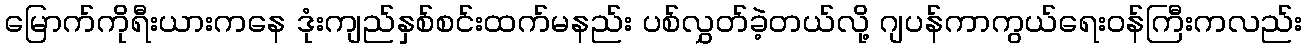
မြောက်ကိုရီးယားကနေ ဒုံးကျည်နှစ်စင်းထက်မနည်း ပစ်လွှတ်ခဲ့တယ်လို့ ဂျပန်ကာကွယ်ရေးဝန်ကြီးကလည်း